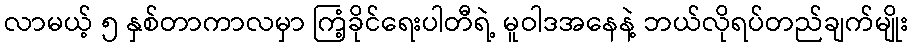
လာမယ့် ၅ နှစ်တာကာလမှာ ကြံ့ခိုင်ရေးပါတီရဲ့ မူဝါဒအနေနဲ့ ဘယ်လိုရပ်တည်ချက်မျိုး